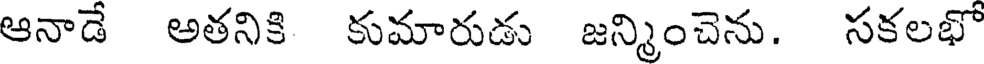
ఆనాడే అతనికి కుమారుడు జన్మించెను. సకలభో